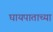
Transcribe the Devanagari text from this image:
घायपाताच्या